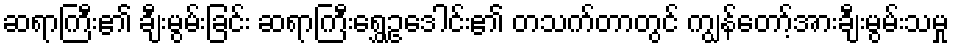
ဆရာကြီး၏ ချီးမွမ်းခြင်း ဆရာကြီးရွှေဥဒေါင်း၏ တသက်တာတွင် ကျွန်တော့်အားချီးမွမ်းသမှု